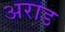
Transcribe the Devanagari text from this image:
अराड